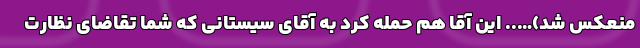
منعکس شد)….. این آقا هم حمله کرد به آقای سیستانی که شما تقاضای نظارت